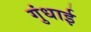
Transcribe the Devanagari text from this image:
गुंधाई